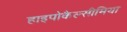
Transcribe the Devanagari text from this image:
हाइपोकैल्सीमिया